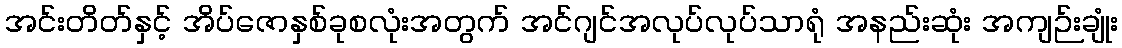
အင်းတိတ်နှင့် အိပ်ဇောနှစ်ခုစလုံးအတွက် အင်ဂျင်အလုပ်လုပ်သာရုံ အနည်းဆုံး အကျဉ်းချုံး